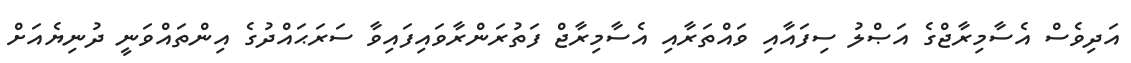
އަދިވެސް އެސާމިރާޖްގެ އަޞްލު ސިފައާއި ވައްތަރާއި އެސާމިރާޖް ފަތުރަންރާވައިފައިވާ ސަރަޙައްދުގެ އިންތައްވަނީ ދުނިޔެއަށް